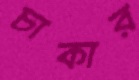
চাকার